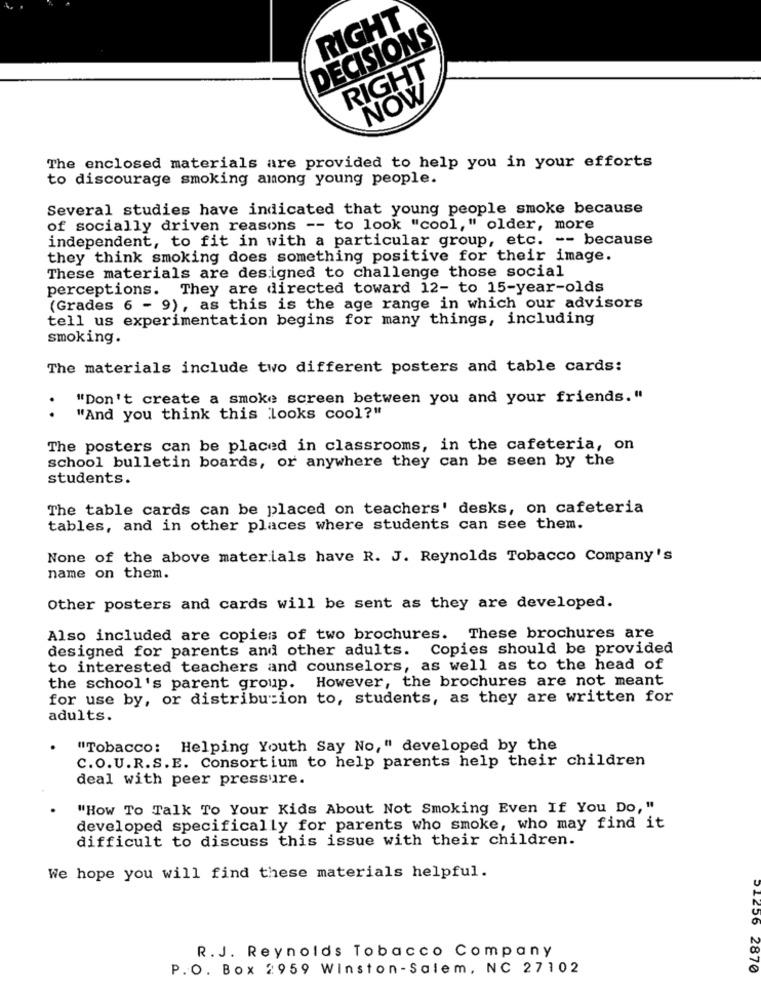
RIGHT
DECISIONS
RIGHT
NOW
The enclosed materials are provided to help you in your efforts
to discourage smoking among young people.
Several studies have indicated that young people smoke because
of socially driven reasons -- to look "cool," older, more
independent, to fit in with a particular group, etc. -- because
they think smoking does something positive for their image.
These materials are designed to challenge those social
perceptions. They are directed toward 12- to 15-year-olds
(Grades 6 - 9), as this is the age range in which our advisors
tell us experimentation begins for many things, including
smoking.
The materials include two different posters and table cards:
"Don't create a smoke screen between you and your friends."
.
"And you think this looks cool?"
The posters can be placed in classrooms, in the cafeteria, on
school bulletin boards, or anywhere they can be seen by the
students.
The table cards can be placed on teachers' desks, on cafeteria
tables, and in other places where students can see them.
None of the above materials have R. J. Reynolds Tobacco Company's
name on them.
Other posters and cards will be sent as they are developed.
Also included are copies of two brochures. These brochures are
designed for parents and other adults. Copies should be provided
to interested teachers and counselors, as well as to the head of
the school's parent group. However, the brochures are not meant
for use by, or distribution to, students, as they are written for
adults.
"Tobacco: Helping Youth Say No," developed by the
C.O.U.R.S.E. Consortium to help parents help their children
deal with peer pressure.
"How To Talk To Your Kids About Not Smoking Even If You Do, "
developed specifically for parents who smoke, who may find it
difficult to discuss this issue with their children.
We hope you will find these materials helpful.
R. J. Reynolds Tobacco Company
P.O. Box 2959 Winston-Salem, NC 27102
21256 2870